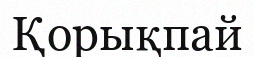
Қорықпай